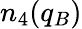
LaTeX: n_{4}(q_{B})